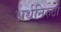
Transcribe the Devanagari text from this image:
अर्थनिरुठो